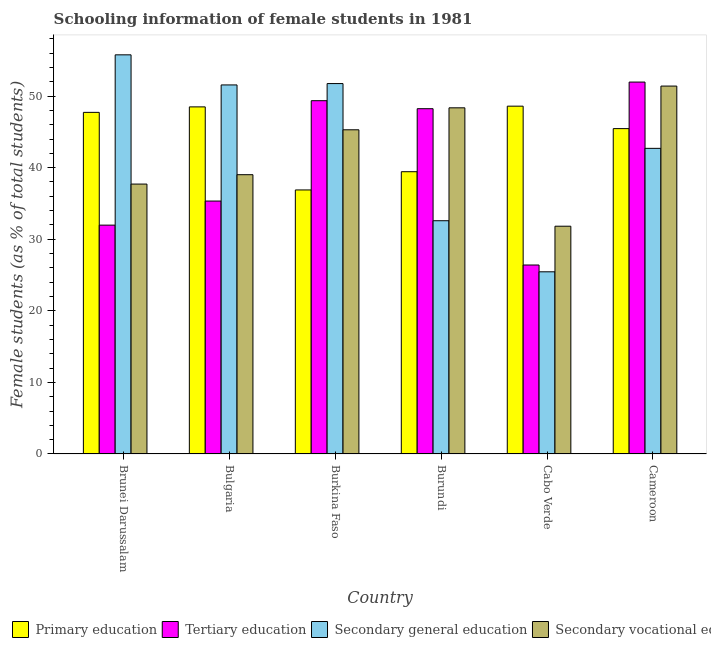
| Country | Primary education | Tertiary education | Secondary general education | Secondary vocational education |
 | --- | --- | --- | --- | --- |
 | Brunei Darussalam | 47.7 | 32 | 55.8 | 37.7 |
 | Bulgaria | 48.5 | 35.3 | 51.6 | 39 |
 | Burkina Faso | 36.9 | 49.4 | 51.8 | 45.3 |
 | Burundi | 39.4 | 48.2 | 32.6 | 48.4 |
 | Cabo Verde | 48.6 | 26.4 | 25.5 | 31.8 |
 | Cameroon | 45.5 | 52 | 42.7 | 51.4 |